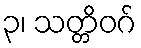
၃၊ သတ္တိဝဂ်